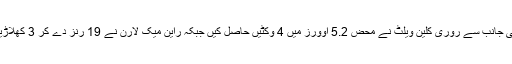
جنوبی افریقہ کی جانب سے روری کلین ویلٹ نے محض 5.2 اوورز میں 4 وکٹیں حاصل کیں جبکہ راین میک لارن نے 19 رنز دے کر 3 کھلاڑیوں کو آؤٹ کیا۔